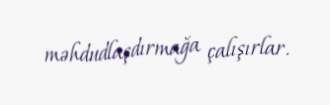
məhdudlaşdırmağa çalışırlar.